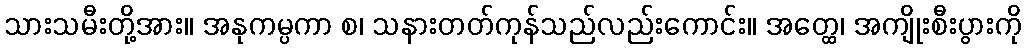
သားသမီးတို့အား။ အနုကမ္ပကာ စ၊ သနားတတ်ကုန်သည်လည်းကောင်း။ အတ္ထေ၊ အကျိုးစီးပွားကို